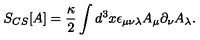
S _ { C S } [ A ] = \frac { \kappa } { 2 } \int d ^ { 3 } x \epsilon _ { \mu \nu \lambda } A _ { \mu } \partial _ { \nu } A _ { \lambda } .